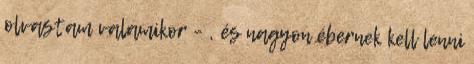
olvastam valamikor – , és nagyon ébernek kell lenni